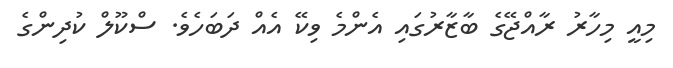
މިއީ މިހާރު ރާއްޖޭގެ ބާޒާރުގައި އެންމެ ވިކޭ އެއް ދަބަހެވެ. ސްކޫލް ކުދިންގެ